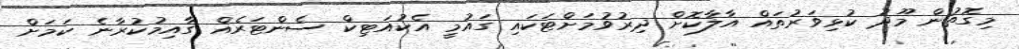
މިގޮތުން މޫދު ކުޅިވަރުތައް އާލާކޮށް ދިރުވުމަށްޓަކައި ގައުމީ އެކުއަޓިކް ސެންޓަރެއް ގާއިމުކުރާނެ ކަމަށް